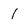
Character: 1